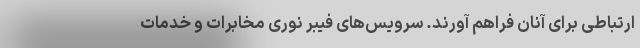
ارتباطی برای آنان فراهم آورند. سرویس‌های فیبر نوری مخابرات و خدمات